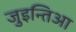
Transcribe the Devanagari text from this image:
जुइन्तिआ